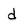
Character: d